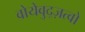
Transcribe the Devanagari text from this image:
वोयेवुद्ज़त्वो